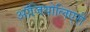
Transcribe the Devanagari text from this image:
ऑजियोलिएरी